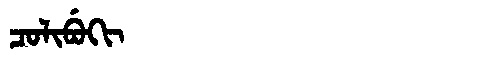
Manchu: ᠴᠣᠯᡳᠪᡠᡴᡳ
Romanization: COLIBUKI